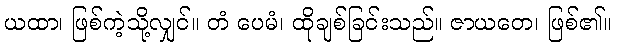
ယထာ၊ ဖြစ်ကဲ့သို့လျှင်။ တံ ပေမံ၊ ထိုချစ်ခြင်းသည်။ ဇာယတေ၊ ဖြစ်၏။